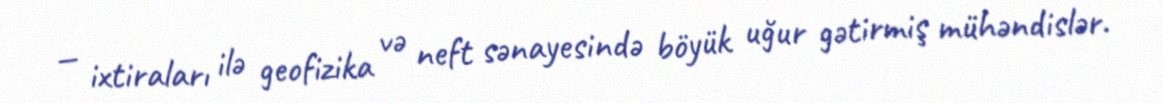
— ixtiraları ilə geofizika və neft sənayesində böyük uğur gətirmiş mühəndislər.